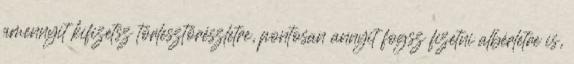
amennyit kifizetsz törlesztőrészletre, pontosan annyit fogsz fizetni albérletre is,